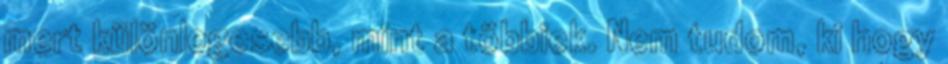
mert különlegesebb, mint a többiek. Nem tudom, ki hogy